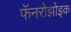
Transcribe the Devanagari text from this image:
फॅनरोझोइक